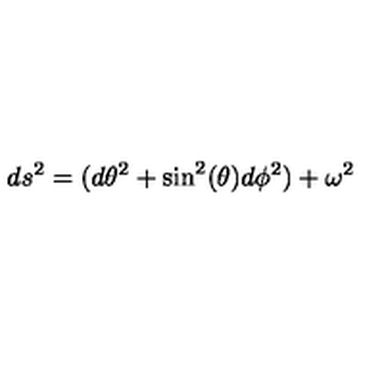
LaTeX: d s ^ { 2 } = ( d { \theta } ^ { 2 } + \sin ^ { 2 } ( \theta ) d { \phi } ^ { 2 } ) + { \omega } ^ { 2 }